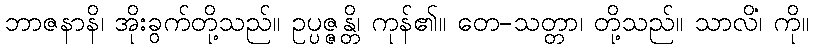
ဘာဇနာနိ၊ အိုးခွက်တို့သည်။ ဥပ္ပဇ္ဇန္တိ၊ ကုန်၏။ တေ-သတ္တာ၊ တို့သည်။ သာလိံ၊ ကို။